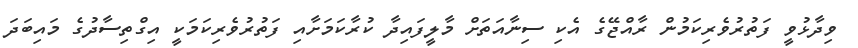
ވިދާޅުވީ ފަތުރުވެރިކަމުން ރާއްޖޭގެ އެކި ސިނާއަތަށް މާލީފައިދާ ކުރާކަމަށާއި ފަތުރުވެރިކަމަކީ އިގްތިސާދުގެ މައިބަދަ